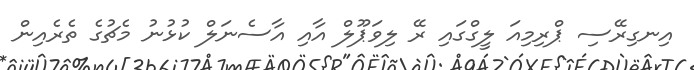
އިނގިރޭސި ޕްރިމިއަ ލީގްގައި ރޭ ލިވަޕޫލް އާއި އާސެނަލް ކުޅުނު މެޗުގެ ތެރެއިން